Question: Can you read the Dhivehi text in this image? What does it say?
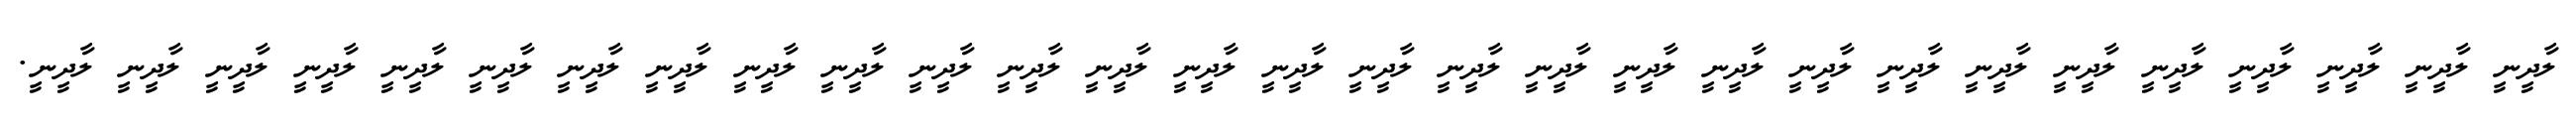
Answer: ލާދީނީ ލާދީނީ ލާދީނީ ލާދީނީ ލާދީނީ ލާދީނީ ލާދީނީ ލާދީނީ ލާދީނީ ލާދީނީ ލާދީނީ ލާދީނީ ލާދީނީ ލާދީނީ ލާދީނީ ލާދީނީ ލާދީނީ ލާދީނީ ލާދީނީ ލާދީނީ ލާދީނީ ލާދީނީ ލާދީނީ ލާދީނީ ލާދީނީ ލާދީނީ ލާދީނީ ލާދީނީ ލާދީނީ.